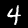
Label: 4